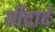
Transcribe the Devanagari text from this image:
सीदादे